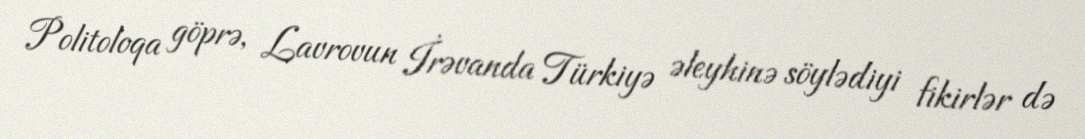
Politoloqa göprə, Lavrovun İrəvanda Türkiyə əleyhinə söylədiyi fikirlər də